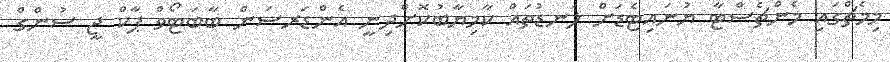
މިމެޗްގައި މެންޗެސްޓާ ޔުނައިޓެޑަށް ލަނޑުތައް ކާމިޔާބުކޮށްދިނީ އެންޑަރސަން ބާބަޓޯވް ޕާކް ޖީ ސުންގް